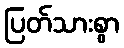
ပြတ်သားစွာ